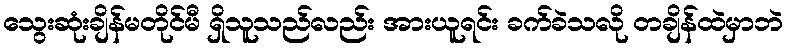
သွေးဆုံးချိန်မတိုင်မီ ရှိသူသည်လည်း အားယူရင်း ခက်ခဲသလို တချိန်ထဲမှာဘဲ